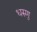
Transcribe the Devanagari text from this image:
धरुणु